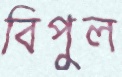
বিপুল